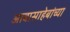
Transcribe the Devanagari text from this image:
आबासाहेबांच्या